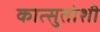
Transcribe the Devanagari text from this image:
कात्सुतोशी